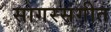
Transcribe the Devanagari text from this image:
सागरसंगीत